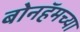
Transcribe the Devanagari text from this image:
बोनहॅमच्या